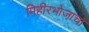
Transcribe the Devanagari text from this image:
मिहीरभोजाचा